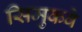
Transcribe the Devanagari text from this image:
सिमुकवे